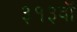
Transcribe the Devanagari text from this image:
३१३वॉ